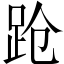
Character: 跄